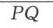
\(\overline{PQ}\)